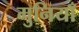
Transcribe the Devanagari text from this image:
मुनियाँ